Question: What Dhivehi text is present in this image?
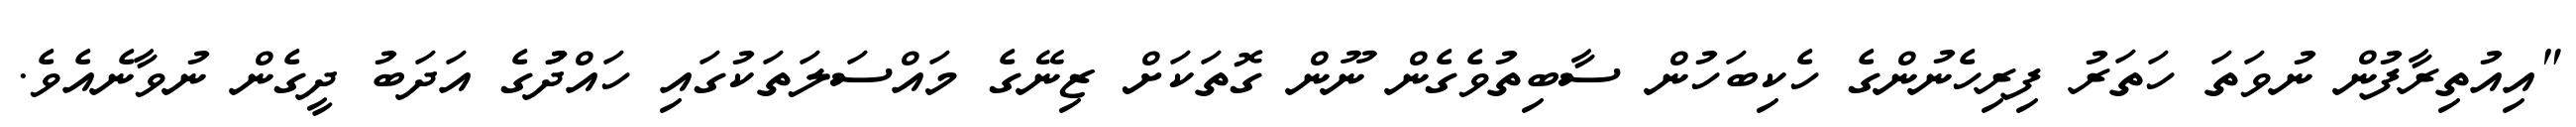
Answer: "އިއުތިރާފުން ނުވަތަ ހަތަރު ފިރިހެނުންގެ ހެކިބަހުން ސާބިތުވެގެން ނޫން ގޮތަކަށް ޒިނޭގެ މައްސަލަތަކުގައި ހައްދުުގެ އަދަބު ދީގެން ނުވާނެއެވެ.